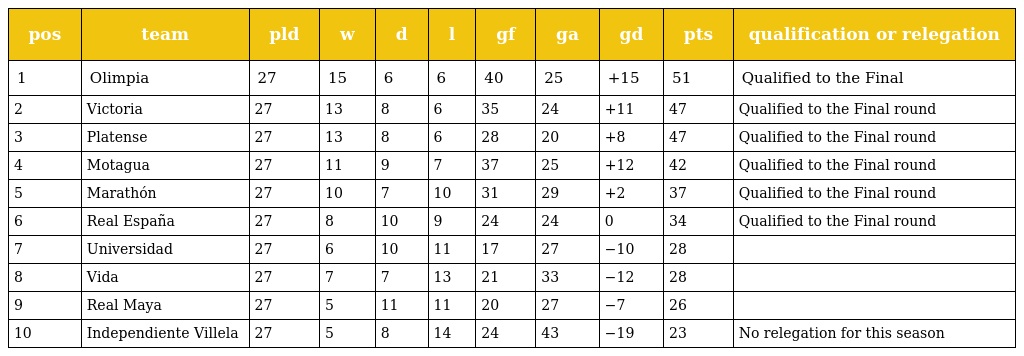
| pos | team | pld | w | d | l | gf | ga | gd | pts | qualification or relegation |
 | --- | --- | --- | --- | --- | --- | --- | --- | --- | --- | --- |
 | 1 | Olimpia | 27 | 15 | 6 | 6 | 40 | 25 | +15 | 51 | Qualified to the Final |
 | 2 | Victoria | 27 | 13 | 8 | 6 | 35 | 24 | +11 | 47 | Qualified to the Final round |
 | 3 | Platense | 27 | 13 | 8 | 6 | 28 | 20 | +8 | 47 | Qualified to the Final round |
 | 4 | Motagua | 27 | 11 | 9 | 7 | 37 | 25 | +12 | 42 | Qualified to the Final round |
 | 5 | Marathón | 27 | 10 | 7 | 10 | 31 | 29 | +2 | 37 | Qualified to the Final round |
 | 6 | Real España | 27 | 8 | 10 | 9 | 24 | 24 | 0 | 34 | Qualified to the Final round |
 | 7 | Universidad | 27 | 6 | 10 | 11 | 17 | 27 | −10 | 28 |  |
 | 8 | Vida | 27 | 7 | 7 | 13 | 21 | 33 | −12 | 28 |  |
 | 9 | Real Maya | 27 | 5 | 11 | 11 | 20 | 27 | −7 | 26 |  |
 | 10 | Independiente Villela | 27 | 5 | 8 | 14 | 24 | 43 | −19 | 23 | No relegation for this season |